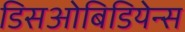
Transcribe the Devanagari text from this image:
डिसओबिडियेन्स